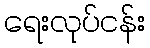
ရေးလုပ်ငန်း